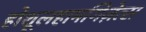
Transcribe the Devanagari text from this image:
होशूलहामगिज़ेत्स